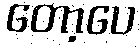
တော့ပေ